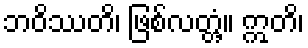
ဘဝိဿတိ၊ ဖြစ်လတ္တံ့။ ဣတိ၊